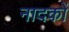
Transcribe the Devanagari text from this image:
नादकों